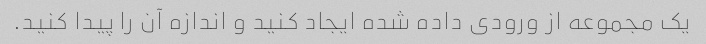
یک مجموعه از ورودی داده شده ایجاد کنید و اندازه آن را پیدا کنید.